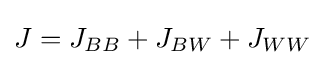
J=J_{BB}+J_{BW}+J_{WW}